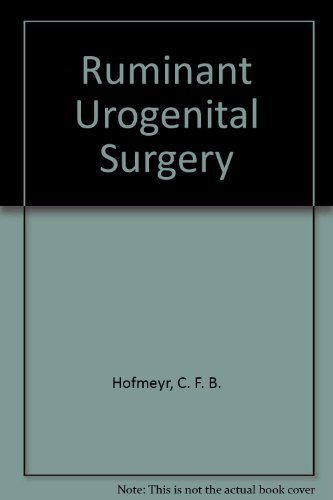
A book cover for Ruminant Urogenital Surgery; C. F. B. Hofmeyr; Medical Books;